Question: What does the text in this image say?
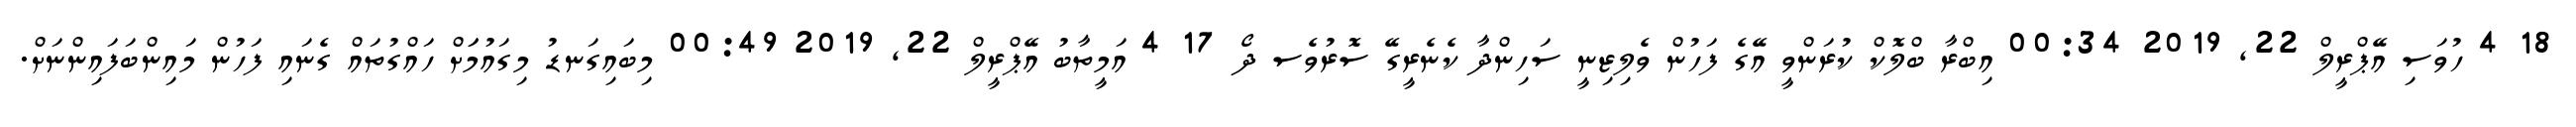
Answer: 18 4 ހުވަސި އޭޕްރީލް 22, 2019 00:34 އިބްރާ ބްލޮކް ކުރަންވީ އޭގެ ފަހުން ވެލިޒިނީ ސަހިންދާ ކެނެރީގޭ ސޮރުވެސ ދޯ 17 4 އަމީތާބު އޭޕްރީލް 22, 2019 00:49 މިބައިގަނޑު މިގައުމަަށް ހައްގުތައް ގެނައި ފަހުން މައިންބަފައިންނަށް.